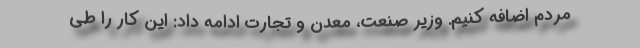
مردم اضافه کنیم. وزیر صنعت، معدن و تجارت ادامه داد: این کار را طی